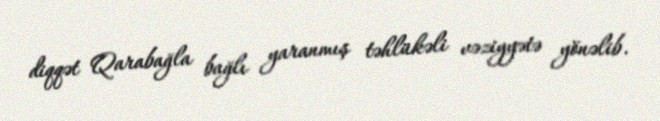
diqqət Qarabağla bağlı yaranmış təhlükəli vəziyyətə yönəlib.